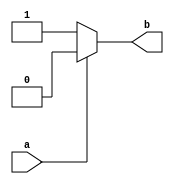
module test(\n    input a,\n    output reg b\n);\n    always@(*) begin\n        if(a) b = 1'b0;\n        else b = 1'b1;\n    end\nendmodule
module test(\n    input [4:0] a,\n    output reg [4:0] b    \n);\n    always@(*)\n        b = a;\nendmodule
module sub_test(\n    input a,b,\n    output c\n);\n    assign c = (a<b)? a : b;\nendmodule
module test(\n    input a,b,c,\n    output o\n);\n    wire temp;\n    sub_test sub_test1(.a(a),.b(b),.c(temp));\n    sub_test sub_test2(.a(temp),.b(c),.c(o));\nendmodule
module sub_test(\n    input a,b;\n    output o\n);\n    assign o = a + b;\nendmodule
module test(\n    input a,b,\n    output c\n);\n    sub_test sub_test(.a(a),.b(b),.o(c));\nendmodule